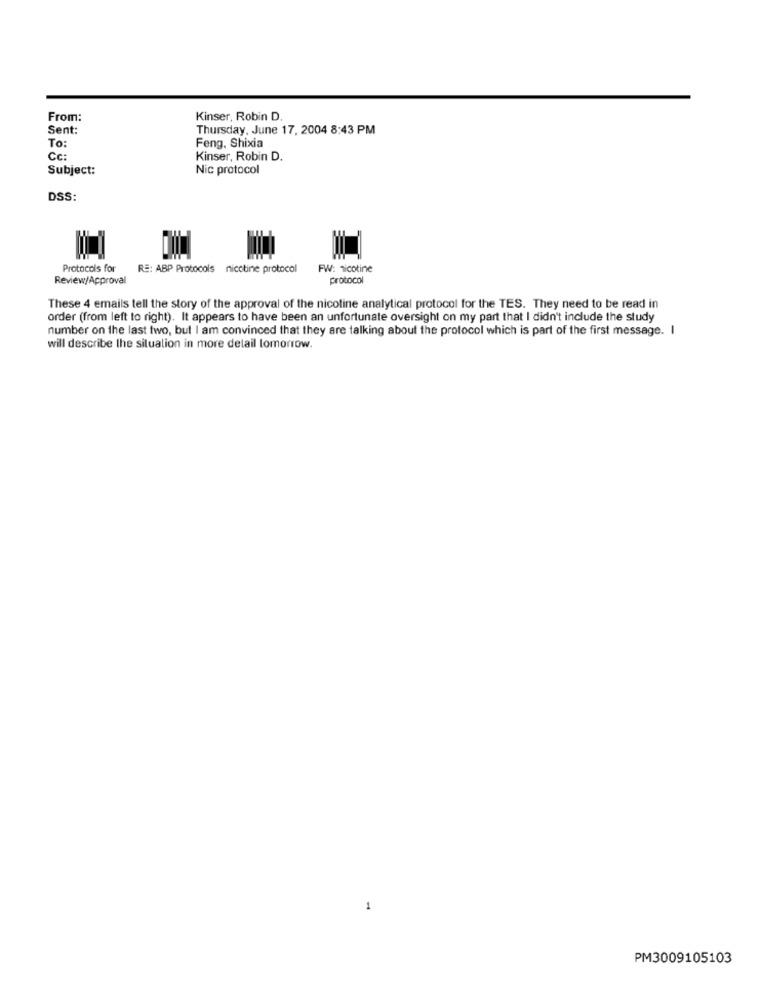
From:
Kinser, Robin D.
Sent:
Thursday, June 17, 2004 8:43 PM
To:
Feng, Shixia
Cc:
Kinser, Robin D.
Subject:
Nic protocol
DSS:
Protocols for
RE: ABP Protocols nicotine protocol
FW: nicotine
Review/Approval
protocol
These 4 emails tell the story of the approval of the nicotine analytical protocol for the TES. They need to be read in
order (from left to right). It appears to have been an unfortunate oversight on my part that I didn't include the study
number on the last two, but I am convinced that they are talking about the protocol which is part of the first message. I
will describe the situation in more detail tomorrow.
1
PM3009105103